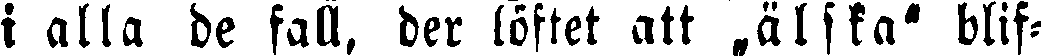
i alla de fall, der löftet att „älska" blif-